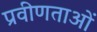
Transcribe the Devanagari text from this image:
प्रवीणताओं